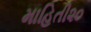
માહિતી૨૦